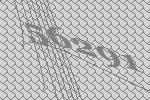
56291